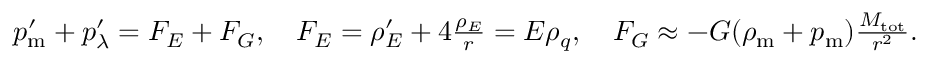
\begin{array} { r } { p _ { \mathrm { m } } ^ { \prime } + p _ { \lambda } ^ { \prime } = { \cal F } _ { E } + { \cal F } _ { G } , \quad { \cal F } _ { E } = \rho _ { E } ^ { \prime } + 4 \frac { \rho _ { E } } { r } = E \rho _ { q } , \quad { \cal F } _ { G } \approx - G ( \rho _ { \mathrm { m } } + p _ { \mathrm { m } } ) \frac { M _ { \mathrm { t o t } } } { r ^ { 2 } } . } \end{array}